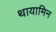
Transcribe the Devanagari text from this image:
थायामिन